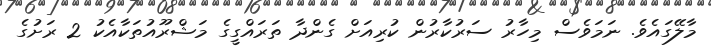
މާލޭގައެވެ. ނަމަވެސް މިހާރު ސަރުކާރުން ކުރިއަށް ގެންދާ ތަރައްގީގެ މަޝްރޫއުތަކާއެކު 2 ރަށުގެ